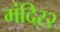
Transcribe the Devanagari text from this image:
मंदिर२